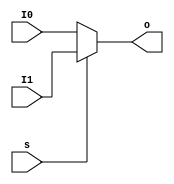
module MUX2T1_5(
    input [4:0] I0,
    input [4:0] I1,
    input s,
    output [4:0] o
);
    assign o=s? I1: I0;

endmodule